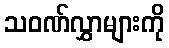
သဝဏ်လွှာများကို